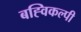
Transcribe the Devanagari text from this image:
बह्विकल्पी